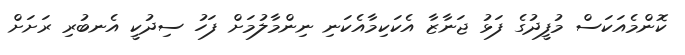
ކޮންމެއަކަސް މުފީދުގެ ފަޅު ޖަނާޒާ އެކަކިމާއެކަނި ނިންމާލުމަށް ފަހު ސިދުކީ އެނބުރި ރަށަށް